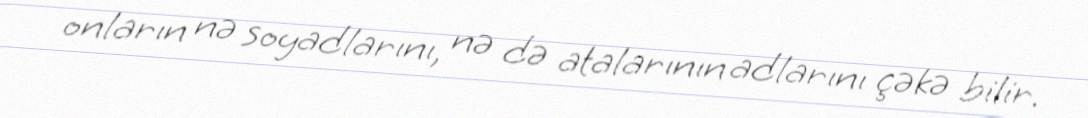
onların nə soyadlarını, nə də atalarının adlarını çəkə bilir.